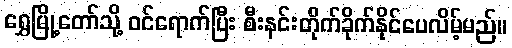
ရွှေမြို့တော်သို့ ဝင်ရောက်ပြီး စီးနင်းတိုက်ခိုက်နိုင်ပေလိမ့်မည်။